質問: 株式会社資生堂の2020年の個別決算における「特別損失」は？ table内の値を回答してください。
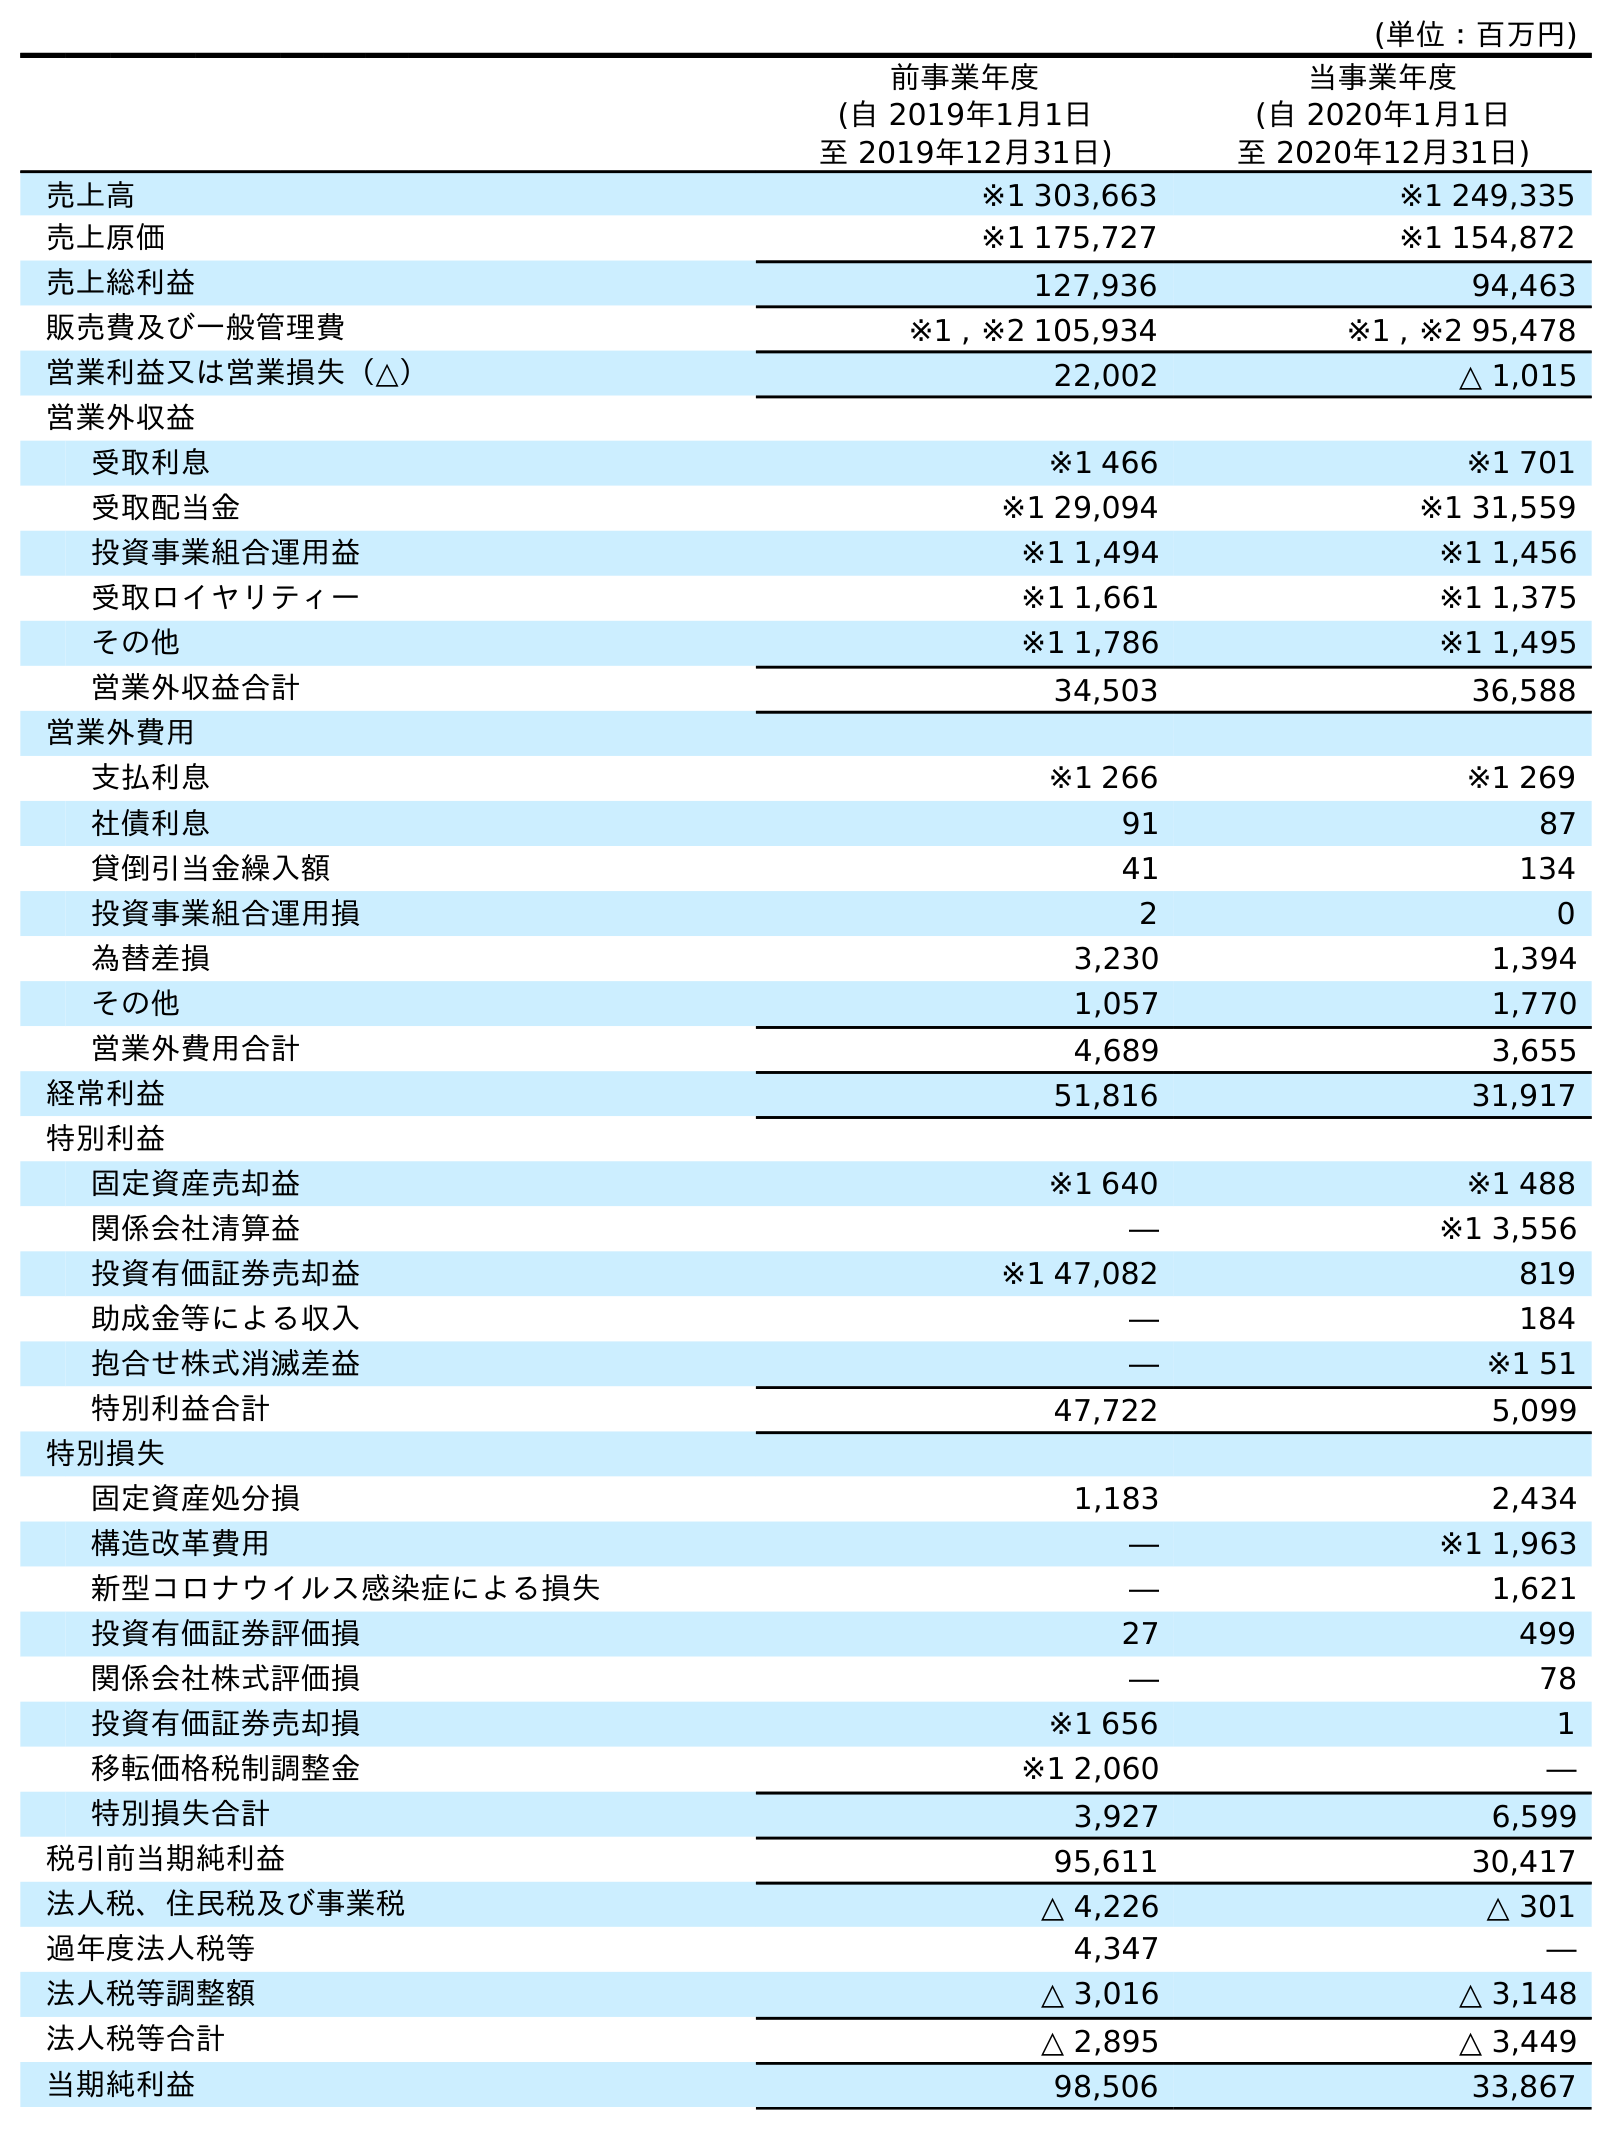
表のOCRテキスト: (単位：百万円) 前事業年度 (自 2019年1月1日 至 2019年12月31日) 当事業年度 (自 2020年1月1日 至 2020年12月31日) 売上高 ※1 303,663 ※1 249,335 売上原価 ※1 175,727 ※1 154,872 売上総利益 127,936 94,463 販売費及び一般管理費 ※1 , ※2 105,934 ※1 , ※2 95,478 営業利益又は営業損失（△） 22,002 △ 1,015 営業外収益 受取利息 ※1 466 ※1 701 受取配当金 ※1 29,094 ※1 31,559 投資事業組合運用益 ※1 1,494 ※1 1,456 受取ロイヤリティー ※1 1,661 ※1 1,375 その他 ※1 1,786 ※1 1,495 営業外収益合計 34,503 36,588 営業外費用 支払利息 ※1 266 ※1 269 社債利息 91 87 貸倒引当金繰入額 41 134 投資事業組合運用損 2 0 為替差損 3,230 1,394 その他 1,057 1,770 営業外費用合計 4,689 3,655 経常利益 51,816 31,917 特別利益 固定資産売却益 ※1 640 ※1 488 関係会社清算益 ― ※1 3,556 投資有価証券売却益 ※1 47,082 819 助成金等による収入 ― 184 抱合せ株式消滅差益 ― ※1 51 特別利益合計 47,722 5,099 特別損失 固定資産処分損 1,183 2,434 構造改革費用 ― ※1 1,963 新型コロナウイルス感染症による損失 ― 1,621 投資有価証券評価損 27 499 関係会社株式評価損 ― 78 投資有価証券売却損 ※1 656 1 移転価格税制調整金 ※1 2,060 ― 特別損失合計 3,927 6,599 税引前当期純利益 95,611 30,417 法人税、住民税及び事業税 △ 4,226 △ 301 過年度法人税等 4,347 ― 法人税等調整額 △ 3,016 △ 3,148 法人税等合計 △ 2,895 △ 3,449 当期純利益 98,506 33,867
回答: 6,599